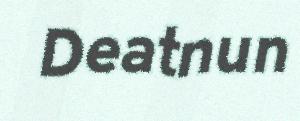
Deatnun